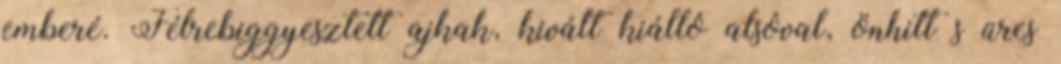
emberé. Félrebiggyesztett ajkak, kivált kiálló alsóval, önhitt s üres